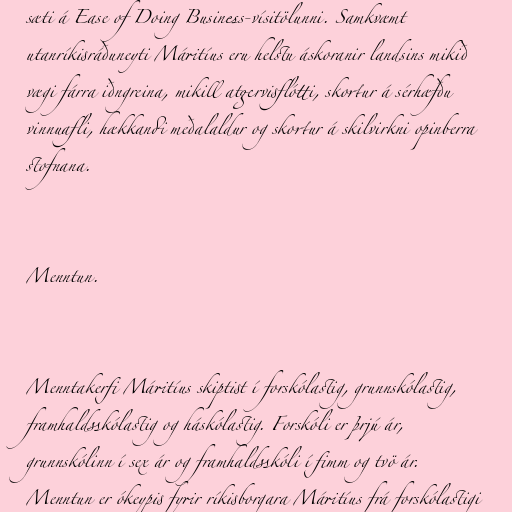
sæti á Ease of Doing Business-vísitölunni. Samkvæmt
utanríkisráðuneyti Máritíus eru helstu áskoranir landsins mikið
vægi fárra iðngreina, mikill atgervisflótti, skortur á sérhæfðu
vinnuafli, hækkandi meðalaldur og skortur á skilvirkni opinberra
stofnana.

Menntun.

Menntakerfi Máritíus skiptist í forskólastig, grunnskólastig,
framhaldsskólastig og háskólastig. Forskóli er þrjú ár,
grunnskólinn í sex ár og framhaldsskóli í fimm og tvö ár.
Menntun er ókeypis fyrir ríkisborgara Máritíus frá forskólastigi